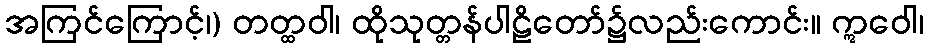
အကြင်ကြောင့်၊) တတ္ထဝါ၊ ထိုသုတ္တန်ပါဠိတော်၌လည်းကောင်း။ ဣဝေါ၊